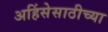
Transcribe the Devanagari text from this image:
अहिंसेसाठीच्या